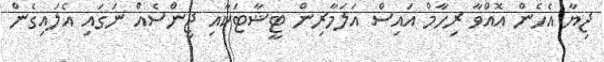
ޖިޔާ އެހެން އޮއްވާ ރިހާމް އައިސް އަލަމާރިން ޓީޝާޓަކާއި ޖިންސެއް ނަގައި އެލައިގެން